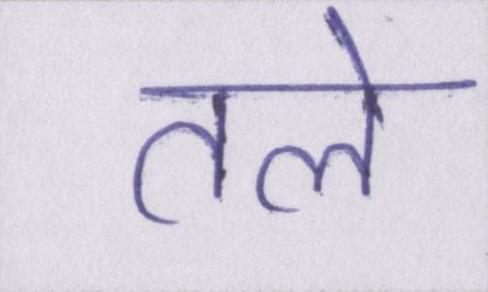
तले